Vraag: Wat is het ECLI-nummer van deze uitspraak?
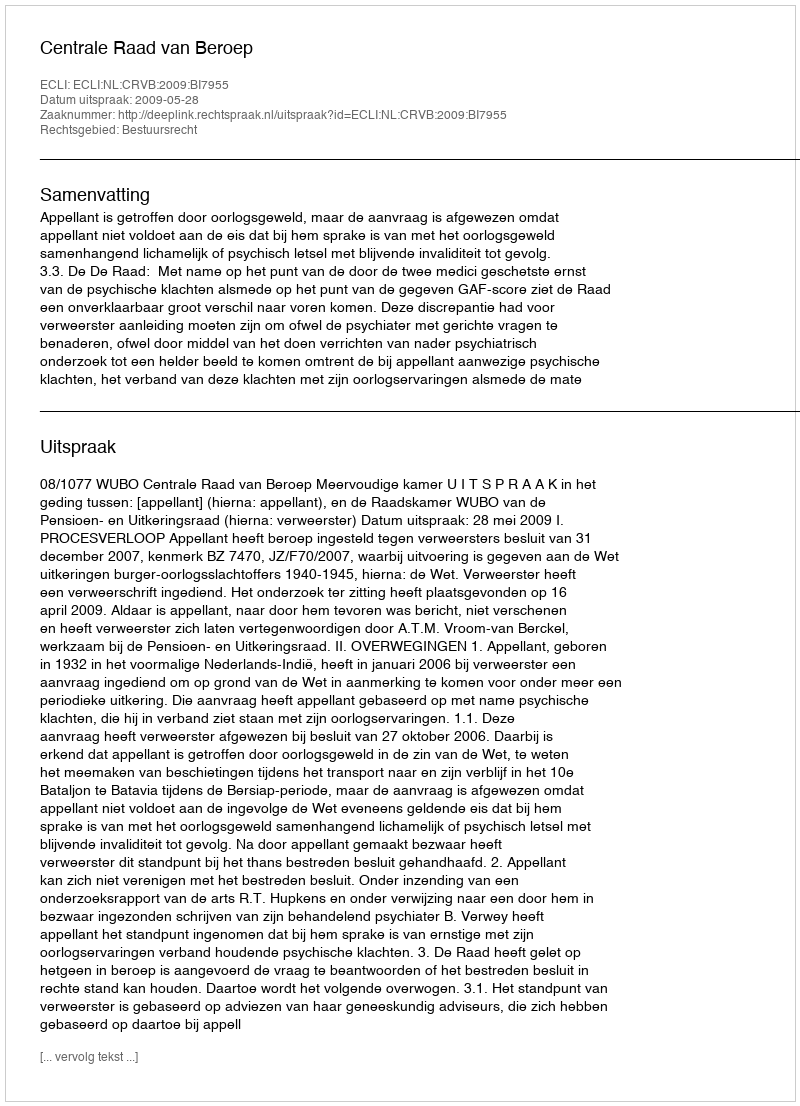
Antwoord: ECLI:NL:CRVB:2009:BI7955